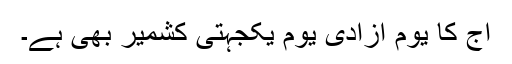
آج کا یوم آزادی یوم یکجہتی کشمیر بھی ہے۔